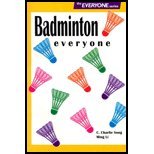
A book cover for Badminton everyone (The everyone series); C. Charlie Song; Sports & Outdoors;